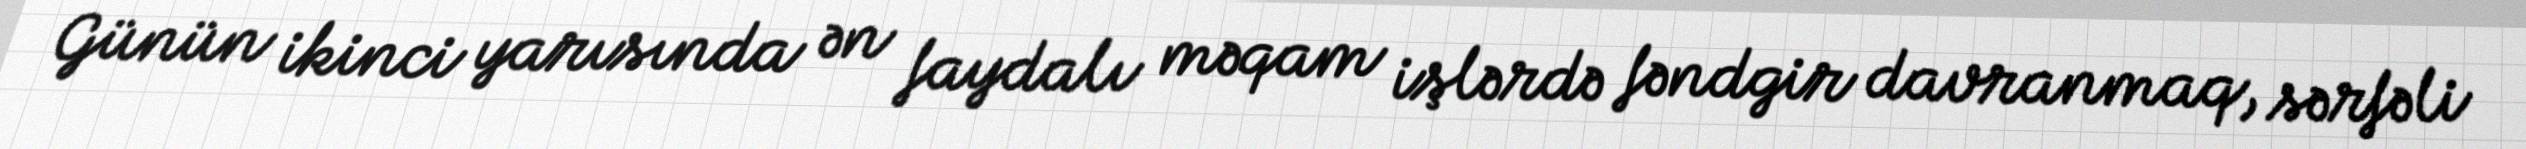
Günün ikinci yarısında ən faydalı məqam işlərdə fəndgir davranmaq, sərfəli